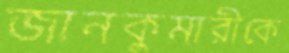
জানকুমারীকে